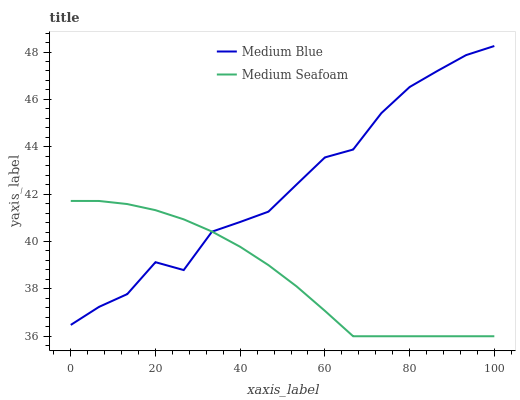
| xaxis_label | Medium Blue | Medium Seafoam |
 | --- | --- | --- |
 | 0 | 36.5 | 41.7 |
 | 6.67 | 37.2 | 41.7 |
 | 13.3 | 37.8 | 41.6 |
 | 20 | 39.1 | 41.3 |
 | 26.7 | 38.8 | 40.9 |
 | 33.3 | 40.4 | 40.4 |
 | 40 | 40.8 | 39.8 |
 | 46.7 | 41.3 | 39 |
 | 53.3 | 42.4 | 38.1 |
 | 60 | 43.6 | 37.1 |
 | 66.7 | 43.9 | 36 |
 | 73.3 | 45.4 | 36 |
 | 80 | 46.5 | 36 |
 | 86.7 | 47.2 | 36 |
 | 93.3 | 47.9 | 36 |
 | 100 | 48.3 | 36 |